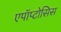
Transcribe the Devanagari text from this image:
एपॉप्टोसिस